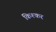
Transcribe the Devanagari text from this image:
किश्कर